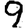
Digit: 9